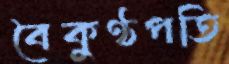
বৈকুণ্ঠপতি